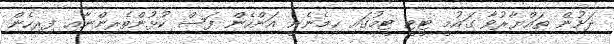
ދަށުން ތައްޔާރުވާ ގައުމީ ޓީޓީ ޓީމުގައި ހިމެނެނީ އަންހެން ފަސް ކުޅުންތެރިންނާއި ފިރިިހެން